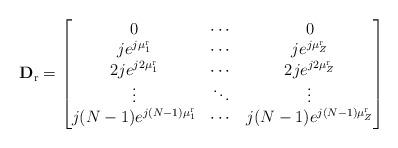
LaTeX: \begin{align*}\mathbf{D}_{\mathrm{r}}=\begin{bmatrix}0 & \cdots & 0\\je^{j\mu^{\mathrm{r}}_1} & \cdots & je^{j\mu^{\mathrm{r}}_Z}\\2je^{j2\mu^{\mathrm{r}}_1} & \cdots & 2je^{j2\mu^{\mathrm{r}}_Z}\\\vdots & \ddots & \vdots\\j(N-1)e^{j(N-1)\mu^{\mathrm{r}}_1} & \cdots & j(N-1)e^{j(N-1)\mu^{\mathrm{r}}_Z}\end{bmatrix}\end{align*}